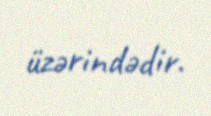
üzərindədir.